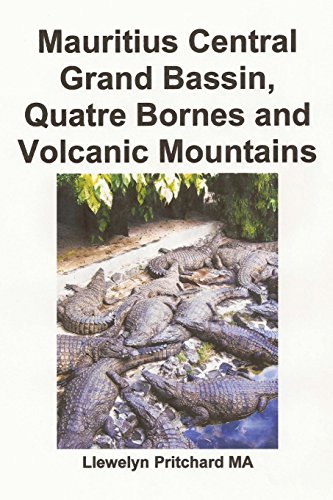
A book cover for Mauritius Central Grand Bassin, Quatre Bornes and Volcanic Mountains: En Souvenir Insamling av farg fotografier med bildtexter (Foto Album) (Volume 12) (Swedish Edition); Llewelyn Pritchard MA; Travel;